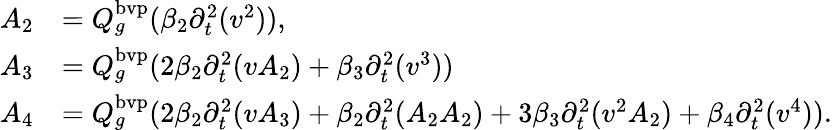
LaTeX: \begin{array}{rl}{A_{2}}&{=Q_{g}^{\mathrm{bvp}}(\beta_{2}\partial_{t}^{2}(v^{2})),}\\ {A_{3}}&{=Q_{g}^{\mathrm{bvp}}(2\beta_{2}\partial_{t}^{2}(vA_{2})+\beta_{3}\partial_{t}^{2}(v^{3}))}\\ {A_{4}}&{=Q_{g}^{\mathrm{bvp}}(2\beta_{2}\partial_{t}^{2}(vA_{3})+\beta_{2}\partial_{t}^{2}(A_{2}A_{2})+3\beta_{3}\partial_{t}^{2}(v^{2}A_{2})+\beta_{4}\partial_{t}^{2}(v^{4})).}\end{array}